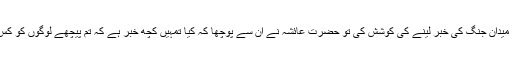
جب حضرت عائشہؓ نے میدان جنگ کی خبر لینے کی کوشش کی تو حضرت عائشہؓ نے ان سے پوچھا کہ کیا تمہیں کچھ خبر ہے کہ تم پیچھے لوگوں کو کس حال میں چھوڑ آئی ہو؟